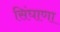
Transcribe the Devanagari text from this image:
सिंघाणा